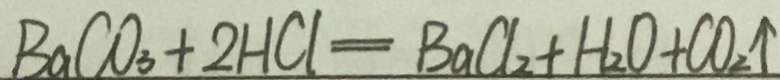
B a C O _ { 3 } + 2 H C l = B a C l _ { 2 } + H _ { 2 } O + C O _ { 2 } \uparrow